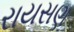
રાયસણ